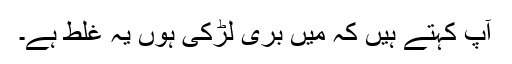
آپ کہتے ہیں کہ میں بُری لڑکی ہوں یہ غلط ہے۔